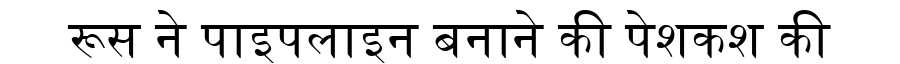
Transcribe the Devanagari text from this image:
रूस ने पाइपलाइन बनाने की पेशकश की